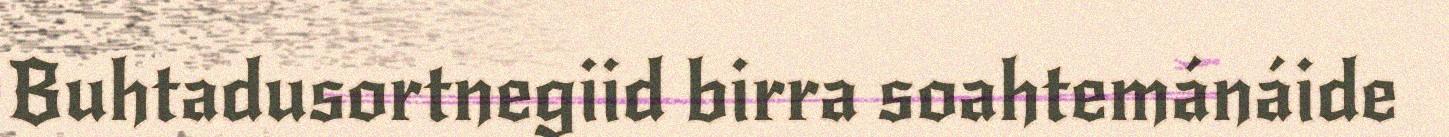
Buhtadusortnegiid birra soahtemánáide